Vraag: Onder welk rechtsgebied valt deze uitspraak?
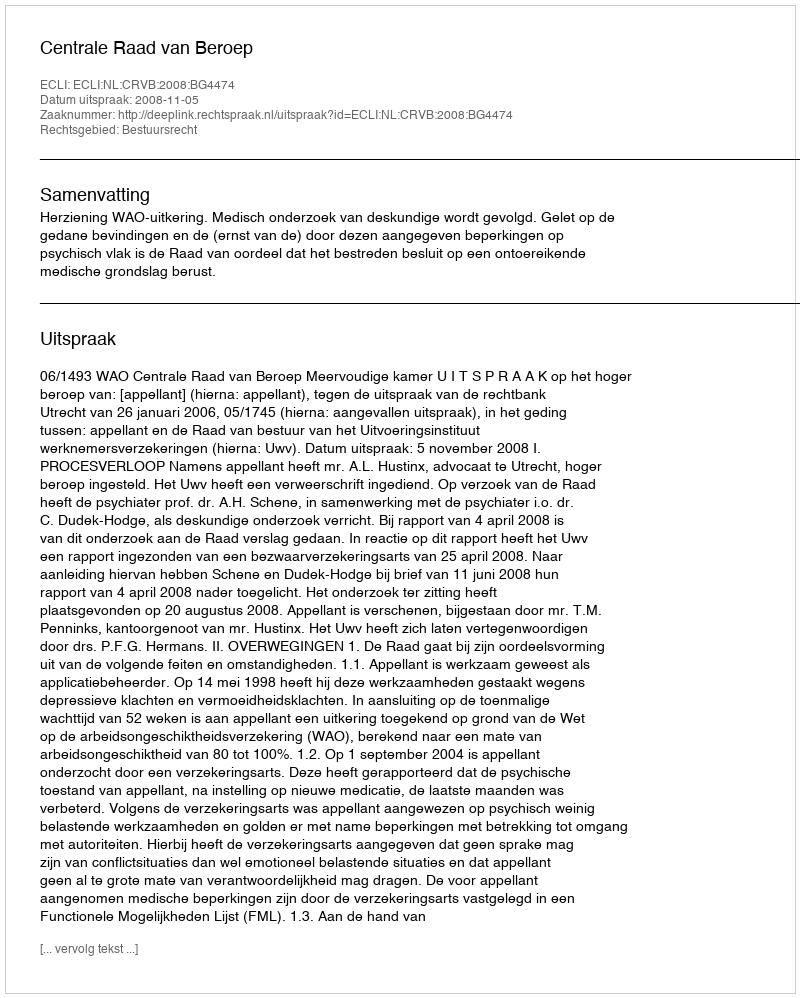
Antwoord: Bestuursrecht